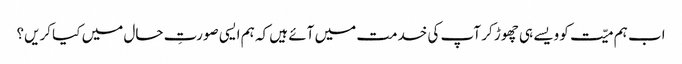
اب ہم میّت کو ویسے ہی چھوڑ کر آپ کی خدمت میں آئے ہیں کہ ہم ایسی صورتِ حال میں کیا کریں؟